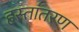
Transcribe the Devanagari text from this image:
हस्‍तांतरण